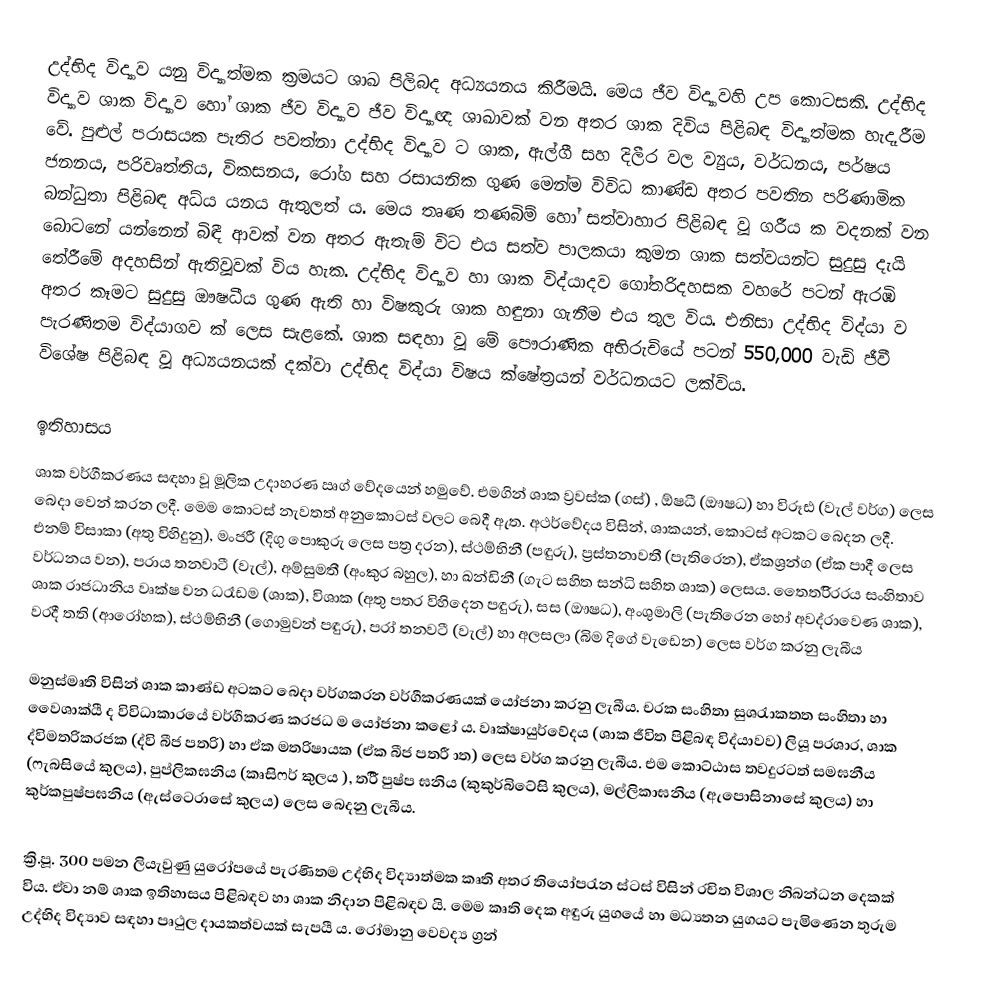
උද්භිද විද්‍යාව යනු විද්‍යාත්මක ක්‍රමයට ශාඛ පිලිබද අධ්‍යයනය කිරීමයි. මෙය ජීව විද්‍යාවහි උප කොටසකි. උද්භිද විද්‍යාව ශාක විද්‍යාව හෝ ශාක ජීව විද්‍යාව ජීව විද්‍යාඥ ශාඛාවක් වන අතර ශාක දිවිය පිළිබඳ විද්‍යාත්මක හැදෑරීම වේ. පුළුල් පරාසයක පැතිර පවත්නා උද්භිද විද්‍යාව ට ශාක, ඇල්ගී සහ දිලීර වල ව්‍යුය, වර්ධනය, පර්ෂය ජනනය, පරිවෘත්තිය, විකසනය, රෝග සහ රසායනික ගුණ මෙන්ම විවිධ කාණ්ඩ අතර පවතින පරිණාමික බන්ධුතා පිළිබඳ අධ්ය යනය ඇතුලත් ය. මෙය තෘණ තණබිම් හෝ සත්වාහාර පිළිබඳ වූ ගරීය ක වදනක් වන බොටනේ යන්නෙන් බිඳී ආවක් වන අතර ඇතැම් විට එය සත්ව පාලකයා කුමන ශාක සත්වයන්ට සුදුසු දැයි තේරීමේ අදහසින් ඇතිවූවක් විය හැක. උද්භිද විද්‍යාව හා ශාක විද්යාදව ගෝතරිදහසක වහරේ පටන් ඇරඹි අතර කෑමට සුදුසු ඖෂධීය ගුණ ඇති හා විෂකුරු ශාක හඳුනා ගැනීම එය තුල විය. එනිසා උද්භිද විද්යා ව පැරණිතම විද්යාගව ක් ලෙස සැළකේ. ශාක සඳහා වූ මේ පෞරාණික අභිරුචියේ පටන් 550,000 වැඩි ජීවී විශේෂ පිළිබඳ වූ අධ්‍යයනයක් දක්වා උද්භිද විද්යා විෂය ක්ෂේත්‍රයන් වර්ධනයට ලක්විය.

ඉතිහාසය
ශාක වර්ගීකරණය සඳහා වූ මූලික උදාහරණ ඍග් වේදයෙන් හමුවේ. එමගින් ශාක ව්‍රවස්ක (ගස්) , ඕෂධී (ඖෂධ) හා විරූඪ (වැල් වර්ග) ලෙස බෙදා වෙන් කරන ලදී. මෙම කොටස් නැවතත් අනුකොටස් වලට බෙදී ඇත. අථර්වේදය විසින්, ශාකයන්, කොටස් අටකට බෙදන ලදී. එනම් විසාකා (අතු විහිදුනු), මංජරී (දිගු පොකුරු ලෙස පත්‍ර දරන), ස්ථම්භිනී (පඳුරු), ප්‍රස්තනාවතී (පැතිරෙන), ඒකශ්‍රන්ග (ඒක පාදී ලෙස වර්ධනය වන), පරාය තනවාටී (වැල්), අම්සුමතී (අංකුර බහුල), හා ඛන්ඩිනී (ගැට සහිත සන්ධි සහිත ශාක) ලෙසය. තෛතරිිරරය සංහිතාව ශාක රාජධානිය වෘක්ෂ වන ධරෑඩම (ශාක), විශාක (අතු පතර විහිදෙන පඳුරු), සස (ඖෂධ), අංශුමාලි (පැතිරෙන හෝ අවද්රාවෙණ ශාක), වරදී තති (ආරෝහක), ස්ථම්භිනී (ගොමුවන් පඳුරු), පරා් තනවටී (වැල්) හා අලසලා (බිම දිගේ වැඩෙන) ලෙස වර්ග කරනු ලැබීය

මනුස්මෘති විසින් ශාක කාණ්ඩ අටකට බෙදා වර්ගකරන වර්ගීකරණයක් යෝජනා කරනු ලැබීය. චරක සංහිතා සුශරැාකතත සංහිතා හා වෛශාක්යී ද විවිධාකාරයේ වර්ගීකරණ කරජධ ම යෝජනා කළෝ ය. වෘක්ෂායුර්වේදය (ශාක ජීවිත පිළිබඳ විද්යාවව) ලියූ පරශාර, ශාක ද්විමතරිකරජක (ද්වි බීජ පතරි) හා ඒක මතරිෂායක (ඒක බීජ පතරී ාත) ලෙස වර්ග කරනු ලැබීය. එම කොට්ඨාස තවදුරටත් සමඝනීය (ෆැබසියේ කුලය), පුප්ලිකඝනිය (කෘසිෆර් කුලය ), තරිී පුෂ්ප ඝනිය (කුකුර්බිටේසි කුලය), මල්ලිකාඝනිය (ඇපොසිනාසේ කුලය) හා කුර්කපුෂ්පඝනිය (ඇස්ටෙරාසේ කුලය) ලෙස බෙදනු ලැබීය.

ක්‍රි.පූ. 300 පමන ලියැවුණු යුරෝපයේ පැරණිතම උද්භිද විද්‍යාත්මක කෘති අතර තියෝපරැන ස්ටස් විසින් රචිත විශාල නිබන්ධන දෙකක් විය. ඒවා නම් ශාක ඉතිහාසය පිළිබඳව හා ශාක නිදාන පිළිබඳව යි. මෙම කෘති දෙක අඳුරු යුගයේ හා මධ්‍යතන යුගයට පැමිණෙන තුරුම උද්භිද විද්‍යාව සඳහා පෘථුල දායකත්වයක් සැපයී ය. රෝමානු වෙවද්‍ය ග්‍රන්